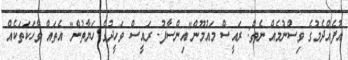
އުފެއްދެމުގެ ވިސްނުމެއް ނެތް: ރައީސް މައުމޫން"އިންސާފު- ރައީސް ވަހީދުގެ ހަޔާތުން" އެތަައް ވާހަކަތަކެއް